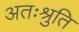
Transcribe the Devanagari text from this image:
अतःश्रुति